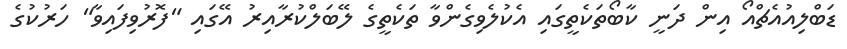
ޑަބްލިއުއެޗްއޯ އިން ދަަނީ ކާބޯތަކެތީގައި އެކުލެވިގެންވާ ތަކެތީގެ ލޭބަލްކުރާއިރު އޭގައި "ފޮރުވިފައިވާ" ހަރުކުގެ